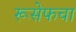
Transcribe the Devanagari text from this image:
रूसेफचा